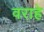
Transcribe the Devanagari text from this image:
वराहे